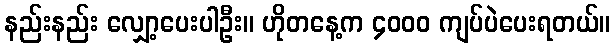
နည်းနည်း လျှော့ပေးပါဦး။ ဟိုတနေ့က ၄၀၀၀ ကျပ်ပဲပေးရတယ်။